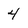
Character: 4